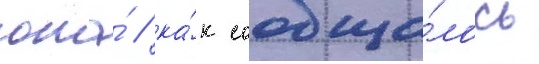
она́ / ка́к сообща́лось